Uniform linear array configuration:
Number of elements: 24
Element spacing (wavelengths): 1
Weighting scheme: cosine
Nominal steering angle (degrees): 15
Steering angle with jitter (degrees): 14.515
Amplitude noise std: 0.05
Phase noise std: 0.05

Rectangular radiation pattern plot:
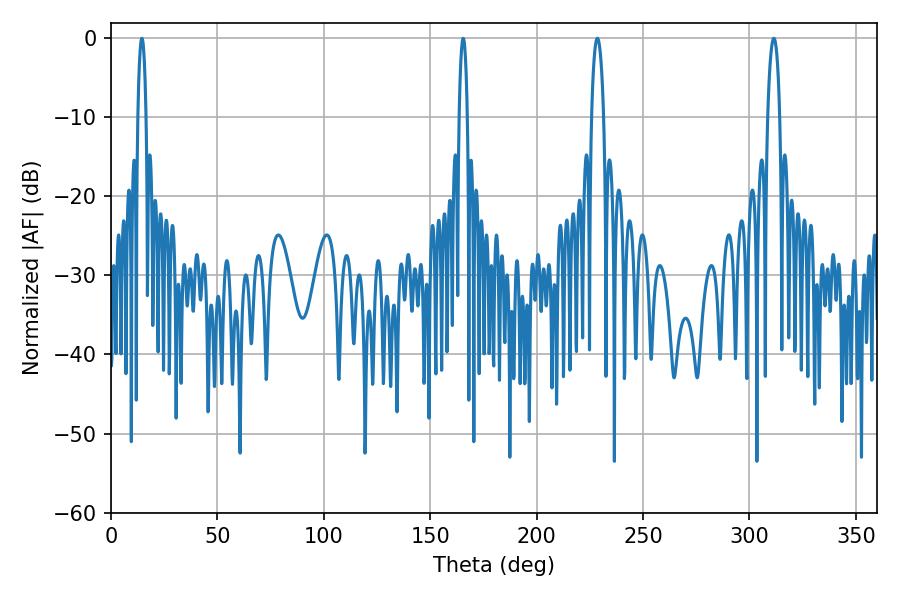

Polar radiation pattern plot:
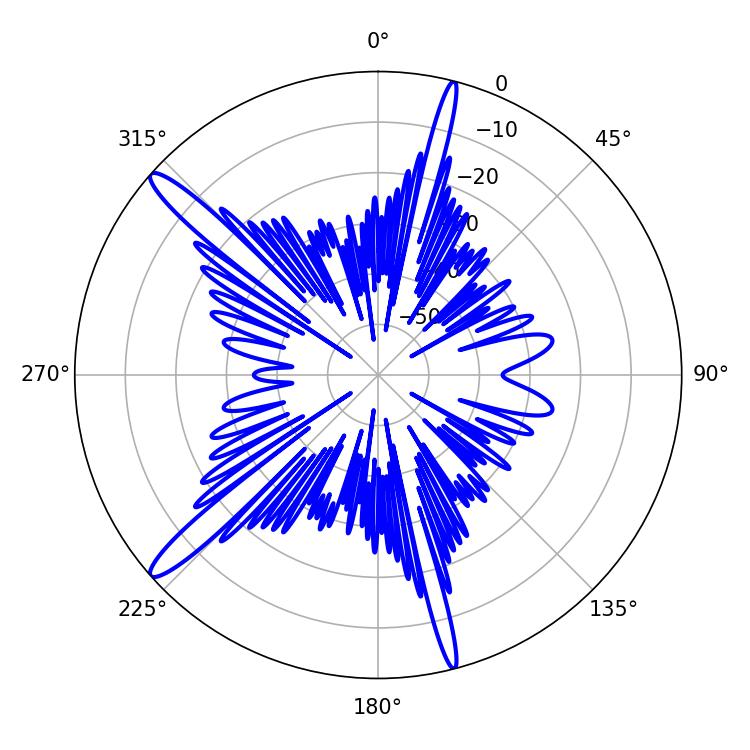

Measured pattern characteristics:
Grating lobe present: TRUE
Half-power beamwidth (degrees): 3.24
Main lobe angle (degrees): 228.6